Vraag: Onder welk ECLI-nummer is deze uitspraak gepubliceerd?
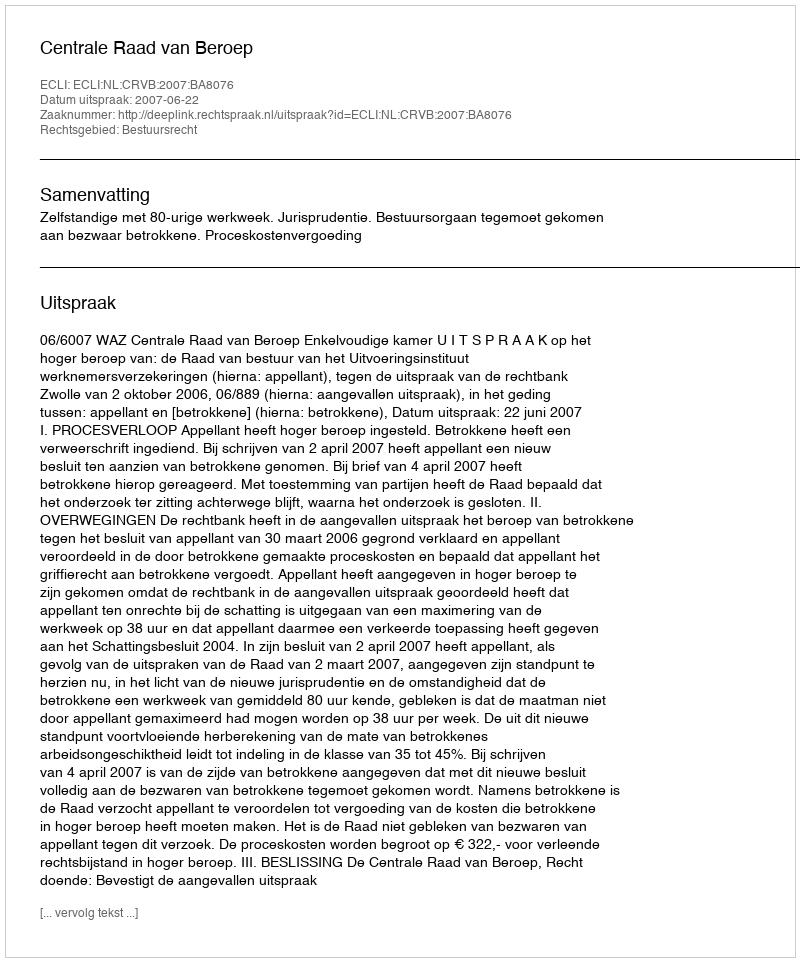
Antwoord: ECLI:NL:CRVB:2007:BA8076